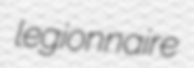
legionnaire